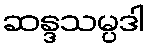
ဆန္ဒသမ္ပဒါ